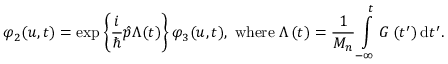
\varphi _ { 2 } ( u , t ) = \exp \left\{ \frac { i } { \hbar } \hat { p } \Lambda ( t ) \right\} \varphi _ { 3 } ( u , t ) , \; \mathrm { w h e r e } \; \Lambda \left( t \right) = \frac { 1 } { M _ { n } } \intop _ { - \infty } ^ { t } G \left( t ^ { \prime } \right) \mathrm { d } t ^ { \prime } .